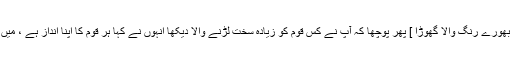
انہوں نے کہا اشقر [ یعنی بھورے رنگ والا گھوڑا ] پھر پوچھا کہ آپ نے کس قوم کو زیادہ سخت لڑنے والا دیکھا انہوں نے کہا ہر قوم کا اپنا انداز ہے ، میں کس کس کا تذکرہ کروں ۔